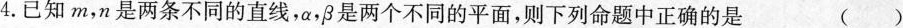
4.已知m，n是两条不同的直线，α，β是两个不同的平面，则下列命题中正确的是 ()